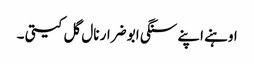
اوہنے اپنے سنگی ابو ضرار نال گل کیتی ۔